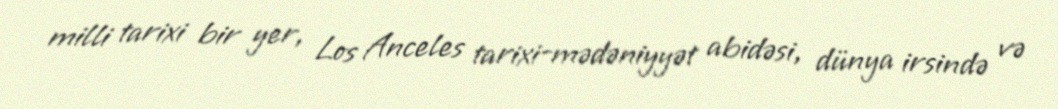
milli tarixi bir yer, Los Anceles tarixi-mədəniyyət abidəsi, dünya irsində və